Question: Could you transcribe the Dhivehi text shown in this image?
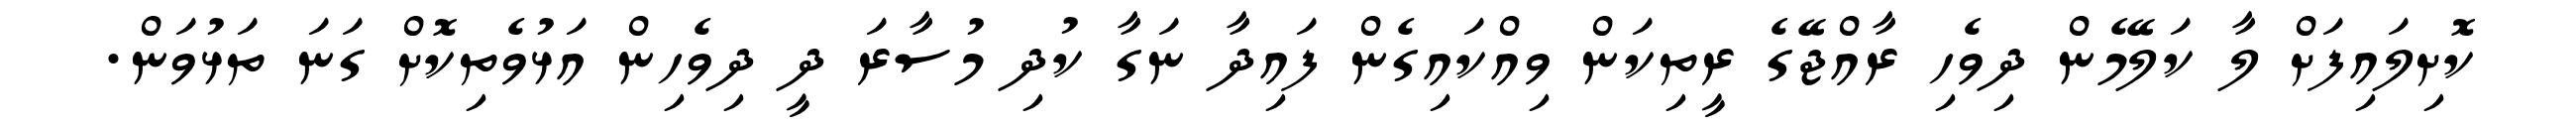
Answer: ކޮށިލައިފަށް ލާ ކަލޭމެން ދިވެހި ރާއްޖޭގެ ރީތިކަން ވިއްކައިގެން ފައިދާ ނަގާ ކުދި މުސާރަ ދީ ދިވެހިން އަޅުވެތިކޮށް ގަނަ ތަޅުވަން.